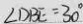
\angle D B E = 3 0 ^ { \circ }